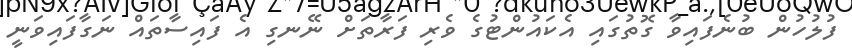
ފުލުހުން ބުނެފައިވާ ގޮތުގައި އެކައުންޓުގެ ވެރި ފަރާތަށް ނޭނގި އެ ފައިސާތައް ނަގާފައިވަނީ